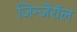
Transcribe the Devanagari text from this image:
जिन्जेरॉल